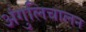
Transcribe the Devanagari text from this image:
अंगुलिचालन